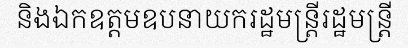
និងឯកឧត្តមឧបនាយករដ្ឋមន្ត្រីរដ្ឋមន្ត្រី